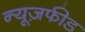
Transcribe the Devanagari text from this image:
न्यूज़फीड